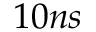
1 0 n s